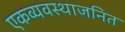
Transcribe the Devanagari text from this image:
एकव्यवस्थाजनित